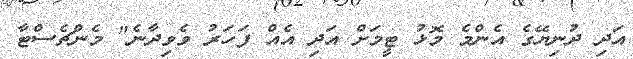
އަދި ދުނިޔޭގެ އެންމެ މޮޅު ޓީމަށް އަދި އެއް ފަހަރު ވެވިދާނެ" މެންޗެސްޓާ